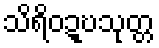
သိရိဝဍ္ဎသုတ္တ